Memorandum on the prevention of leprosy by segregation of the affected
Disease focus: Leprosy
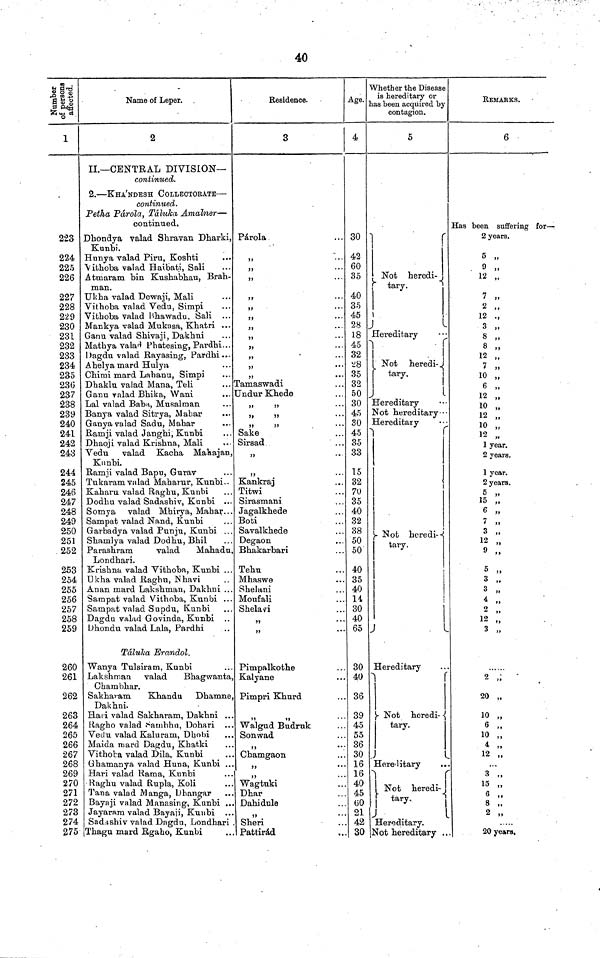
40
Number of persons affected
1
223
224
225
226
227
228
229
230
231
232
233
234
235
230
237
238
239
240
241
242
243
244
245
246
247
248
249
250
251
252
253
254
255
256
257
258
259
260
261
262
263
264
265
266
267
268
269
270
271
272
273
274
275
Name of Leper.
2
II.— CENTRAL DIVISION—
continued.
2. — KHA'NDESH COLLECTORATE —
continued.
Petha Pd-rola, Tdluka Amalner —
continued.
Dhondya valad Shravan Dharki,
Kunbi.
Hunya Talad Piru, Koshti
Vithoba valad Haibati, Sali
Atmaram bin Kushabhau, Brah-
man.
Ukha valad Dewaji, Mali
Vithoba valad Vedu, Simpi
Vithoba valad Bhawadu. Sali
Mankya valad Mukasa, Khatri ...
Ganu valad Shivaji, Dakhni
Mathya valad Phatesing, Pardhi...
Dagdu valad Rayasing, Pardhi...
A hely a mard Hulya
Chimi mard Lahanu, Simpi
Dhaklu valad Mana, Teli
Ganu valad Bhika, Wani
Lal valad Baba, Musalman
Banya valad Sitrya, Mahar
Ganya valad Sadu, Mahar
Rarnji valad Janghi, Kunbi
Dhaoji valad Krishna, Mali
Vedu valad Kacha Mahajan,
Kunbi.
Ramji valad Bapu, Gurav
Tukaram valad Maharur, Kunbi
Kaharu valad Raghu, Kunbi
Dodhu valad Sadashiv, Kunbi ...
Somya valad Mhirya, Mahar...
Sampat valad Nand, Kunbi
Garbadya valad Punju, Kunbi ...
Shamlya valad Dodhu, Bhil
Parashram
valad
Mahadu,
Londhari.
Krishna valad Vithoba, Kunbi ...
Ukha valad Raghu, Nhavi
Anan mard Lakshman, Dakhni ...
Sampat valad Vithoba, Kunbi ...
Satnpat valad Supdu, Kunbi
Dagdu valad Govinda, Kunbi
Dhondu valad Lala, Pardhi
Taluka Erandol.
Wanya Tulsiram, Kunbi
Lakshmaa valad
Bhagwanta,
Chambhar.
Sakharam
Khandu
Dhamne,
Dakhni.
Hari valad Sakharam, Dakhni
Ragho valad Sambha, Dohari ...
Vedu valad Kaluram, Dhobi
Maida raard Dagdu, Khatki
Vithoba valad Dila, Kunbi
Ghamanya valad Huna, Kunbi ...
Hari valad Rama, Kunbi
Raghu valad Rupla, Koli
Tana valad Manga, Dhangar
Bayaji valad Manasing, Kunbi ...
Jayaram valad Bayaji, Kunbi ...
Sadashiv valad Dagdu, Londhari
Thagu mard Rgaho, Kunbi
Residence.
3
Pdrola
,,
"
,,
"
,,
,,
"
"
,,
,,
...
,,
...
Tamaswadi
Undur Khede
"
"
Sake
Sirsad
"
,,
Kankraj
Titwi
Sirasmani
Jagalkhede
Boti
Savalkhede
Degaon
Bhakarbari
Tehu
Mhaswe
Shelani
Moufali
Shelavi
,,
"
Pimpalkothe
Kalyane
Pimpri Khnrd
"
Walgud Budruk
Son wad
,,
Chamgaon
"
Wagtuki
Dhar
Dahidule
"
Sheri
Pattirad
Age.
4
30
42
60
35
40
35
45
28
18
45
32
28
35
32
50
30
45
SO
45
35
33
15
32
70
35
40
32
38
50
50
40
35
40
14
30
40
65
30
40
36
39
45
55
36
30
16
16
40
45
30
21
42
30
Whether the Disease
is hereditary or
has been acquired by
contagion.
5
Not heredi-
tary.
Hereditary
Not
heredi-
tary.
Hereditary
Not hereditary
Hereditary
Not hcredi--
tary
Hereditary
Not
heredi-
tary.
Hereditary
Not
heredi-
tary.
Hereditary.
Not hereditary ..
REMABKS.
6
Has been suffering for —
2 years.
5 „
9
„
12 „
7 „
2 „
12 „
3 „
8 „
8 „
12 „
7 „
10
6 „
12 „
10 „
12 „
10 „
12 „
1 year.
2 years.
1 year.
2 years.
5 „
15 „
6 „
7 „
3 „
12 „
9 „
5 „
3 „
3 „
4 „
2 „
12 „
3 „
2
20 „
10 „
6 „
10 „
4 „
12 „
3 ,,
15 „
6 ,,
8 „
2 „
20 years.